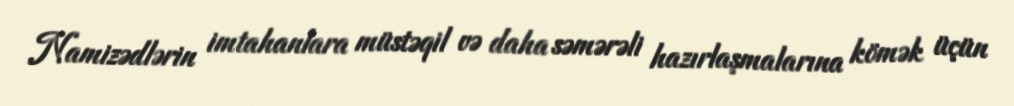
Namizədlərin imtahanlara müstəqil və daha səmərəli hazırlaşmalarına kömək üçün